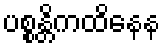
ပစ္စန္တိကထိနေန